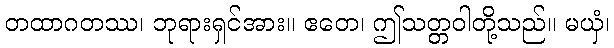
တထာဂတဿ၊ ဘုရားရှင်အား။ ဧတေ၊ ဤသတ္တဝါတို့သည်။ မယှံ၊